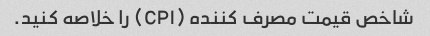
شاخص قیمت مصرف کننده (CPI) را خلاصه کنید.